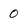
Character: 0